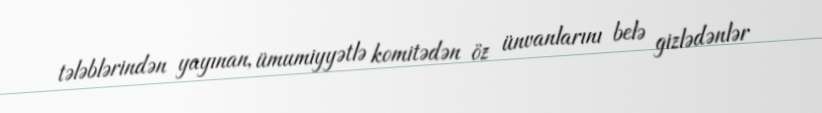
tələblərindən yayınan, ümumiyyətlə komitədən öz ünvanlarını belə gizlədənlər